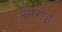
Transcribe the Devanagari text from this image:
सांगई